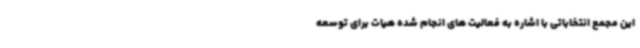
این مجمع انتخاباتی با اشاره به فعالیت های انجام شده هیات برای توسعه